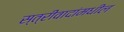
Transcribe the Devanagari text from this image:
स्त्रीवादांमधील